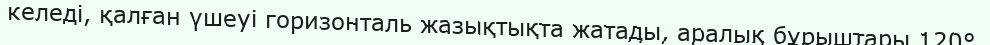
келеді, қалған үшеуі горизонталь жазықтықта жатады, аралық бұрыштары 120°.